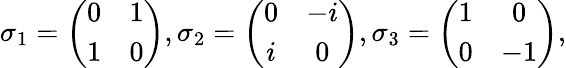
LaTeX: \begin{array}{r}{\sigma_{1}=\left(\begin{array}{cc}{0}&{1}\\ {1}&{0}\end{array}\right),\sigma_{2}=\left(\begin{array}{cc}{0}&{-i}\\ {i}&{0}\end{array}\right),\sigma_{3}=\left(\begin{array}{cc}{1}&{0}\\ {0}&{-1}\end{array}\right),}\end{array}